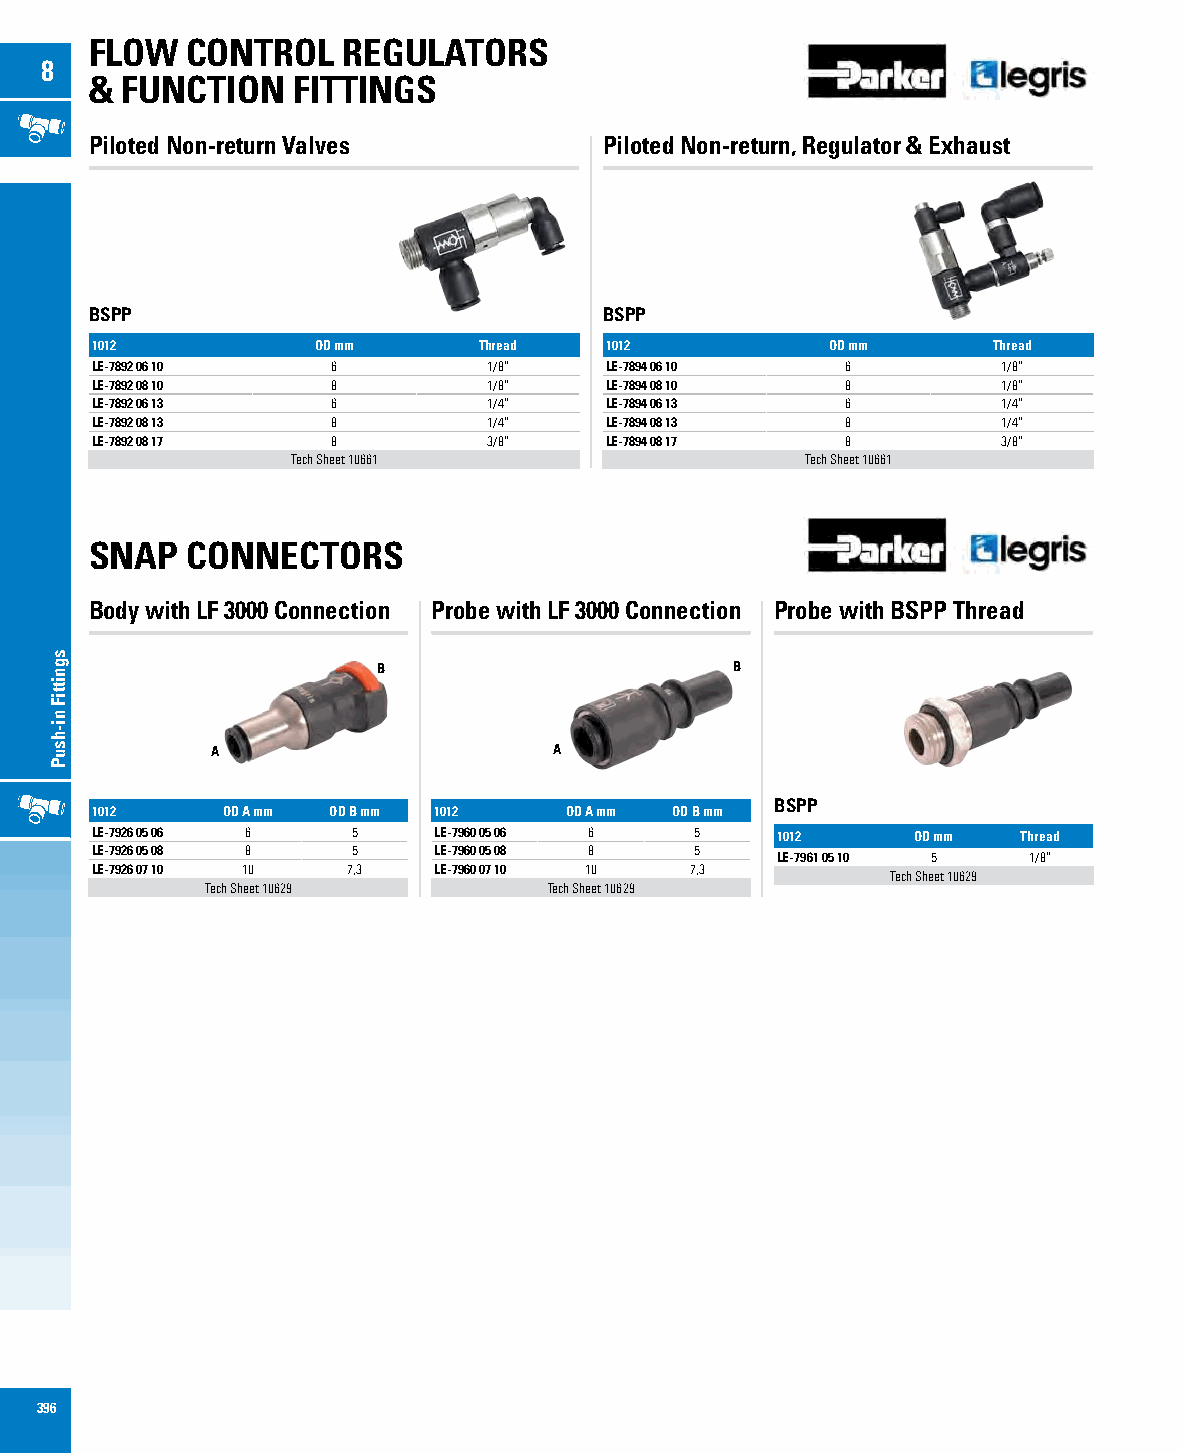
FLOW  CONTROL    REGULATORS
 8
 & FUNCTION   FITTINGS
 Piloted Non-return Valves         Piloted Non-return, Regulator & Exhaust
 BSPP                              BSPP
 1012           OD mm      Thread  1012           OD mm      Thread
 LE-7892 06 10   6         1/8”    LE-7894 06 10   6         1/8”
 LE-7892 08 10   8         1/8”    LE-7894 08 10   8         1/8”
 LE-7892 06 13   6         1/4”    LE-7894 06 13   6         1/4”
 LE-7892 08 13   8         1/4”    LE-7894 08 13   8         1/4”
 LE-7892 08 17   8         3/8”    LE-7894 08 17   8         3/8”
 Tech Sheet 10661                  Tech Sheet 10661
 SNAP  CONNECTORS
 Body with LF 3000 Connection Probe with LF 3000 Connection Probe with BSPP Thread
 B                      B
 A                      A
 BSPP
 1012     OD A mm OD B mm 1012  OD A mm OD B mm
 LE-7926 05 06 6  5     LE-7960 05 06 6  5    1012     OD mm   Thread
 LE-7926 05 08 8  5     LE-7960 05 08 8  5
 LE-7961 05 10 5  1/8”
 LE-7926 07 10 10 7,3   LE-7960 07 10 10 7,3
 Tech Sheet 10629
 Tech Sheet 10629      Tech Sheet 10629
 396
 sgnittiF
 ni-hsuP